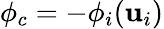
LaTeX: \phi_{c}=-\phi_{i}(\mathbf{u}_{i})